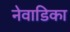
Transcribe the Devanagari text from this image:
नेवाडिका